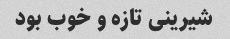
شیرینی تازه و خوب بود